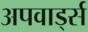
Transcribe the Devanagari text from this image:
अपवार्ड्स